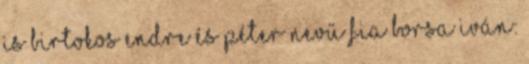
is birtokos Endre és Péter nevű fia Borsa Iván: